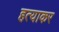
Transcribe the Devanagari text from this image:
हत्याकर